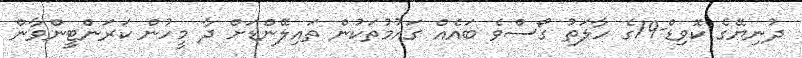
ދުނިޔޭގެ ކޮވިޑް-19ގެ ހާލަތު ގޯސްވެ ބައެއް ގައުމުތަކުން ތައިލޭންޑަށް ދާ މީހުން ކަރަންޓީންވާން